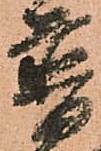
普